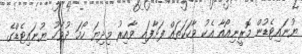
ޔުނައިޓެޑުން މޮރީނިއޯއާ އެކު ވާހަކަތައް ފަށާފައި ވާއިރު މިދިޔަ ހޯމަ ދުވަހު ޔުނައިޓެޑްގެ